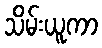
သိမ်းယူကာ